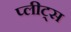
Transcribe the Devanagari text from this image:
प्लीट्स